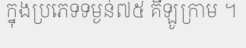
ក្នុងប្រភេទទម្ងន់៧៥ គីឡូក្រាម ។